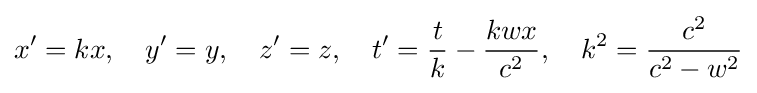
x^{\prime }=kx,\quad y^{\prime }=y,\quad z^{\prime }=z,\quad t'={\frac {t}{k}}-{\frac {kwx}{c^{2}}},\quad k^{2}={\frac {c^{2}}{c^{2}-w^{2}}}